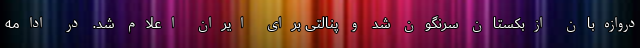
دروازه‌بان ازبکستان سرنگون شد و پنالتی برای ایران اعلام شد. در ادامه